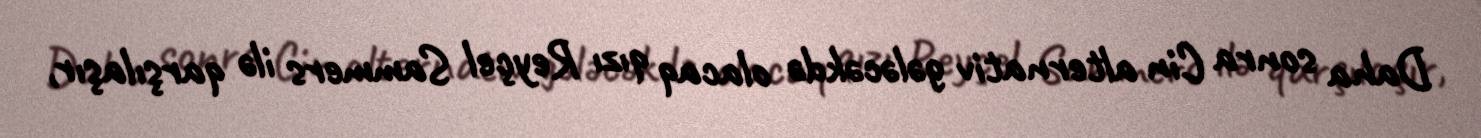
Daha sonra Cin alternativ gələcəkdə olacaq qızı Reyçel Sammers ilə qarşılaşır,